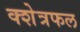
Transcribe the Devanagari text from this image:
क्शेत्रफल